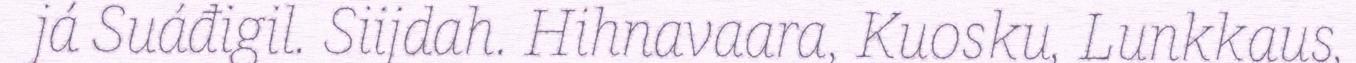
já Suáđigil. Siijdah. Hihnavaara, Kuosku, Lunkkaus,